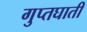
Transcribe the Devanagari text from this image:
गुप्तघाती